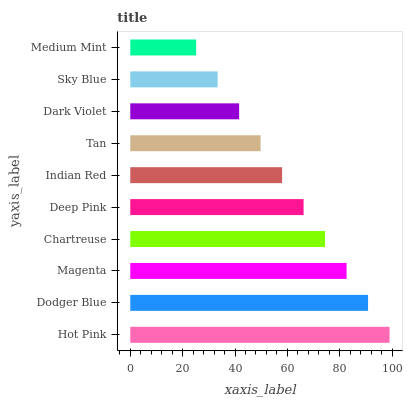
| yaxis_label | bars |
 | --- | --- |
 | Hot Pink | 99 |
 | Dodger Blue | 90.8 |
 | Magenta | 82.6 |
 | Chartreuse | 74.4 |
 | Deep Pink | 66.2 |
 | Indian Red | 58 |
 | Tan | 49.8 |
 | Dark Violet | 41.6 |
 | Sky Blue | 33.4 |
 | Medium Mint | 25.2 |